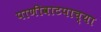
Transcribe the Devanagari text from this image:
पाणीवाटपाच्या